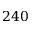
2 4 0